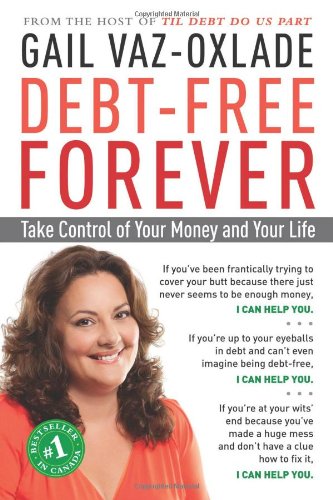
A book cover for Debt-Free Forever: Take Control of Your Money and Your Life; Gail Vaz-Oxlade; Business & Money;